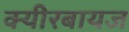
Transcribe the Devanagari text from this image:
क्यीरबायज